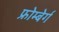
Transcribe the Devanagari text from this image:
फ्रोम्बेर्ग